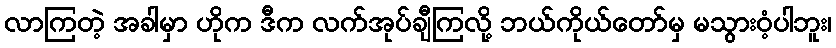
လာကြတဲ့ အခါမှာ ဟိုက ဒီက လက်အုပ်ချီကြလို့ ဘယ်ကိုယ်တော်မှ မသွားဝံ့ပါဘူး၊